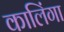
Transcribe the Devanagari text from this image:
कालिंगा